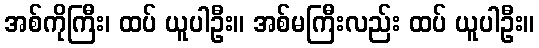
အစ်ကိုကြီး၊ ထပ် ယူပါဦး။ အစ်မကြီးလည်း ထပ် ယူပါဦး။